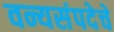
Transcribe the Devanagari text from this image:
वन्यसंपदेचे